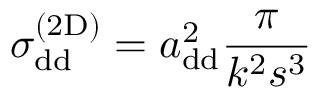
\sigma _ { \mathrm { { d d } } } ^ { ( \mathrm { { 2 D } ) } } = a _ { \mathrm { { d d } } } ^ { 2 } \frac { \pi } { k ^ { 2 } s ^ { 3 } }